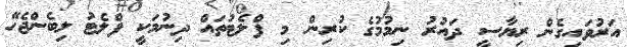
އަރުވައިގެން ރިޔާސީ ދައުރު ނިމުމުގެ ކުރިން މި ފްލެޓުތައް ދިނުމަކީ ފްލެޓު ލިބެންޖެހޭ